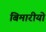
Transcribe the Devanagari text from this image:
बिमारीयो